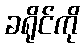
ခရိုင်ကို